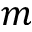
m